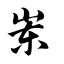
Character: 岽